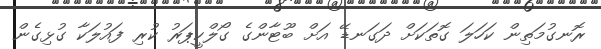
ރޮނގުމަތިން ކަހަލަ ގޮތަކަށް ދަގަނޑޭ އަށް ބޫޓާންގެ ގޯލްކީޕަރު ކުރި ފައުލަކާ ގުޅިގެން